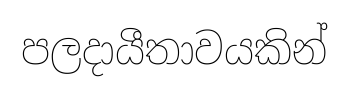
පලදායීතාවයකින්